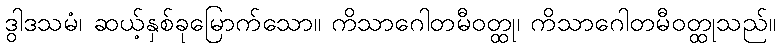
ဒွါဒသမံ၊ ဆယ့်နှစ်ခုမြောက်သော။ ကိသာဂေါတမီဝတ္ထု၊ ကိသာဂေါတမီဝတ္ထုသည်။